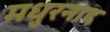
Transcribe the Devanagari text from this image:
मधुरनाद